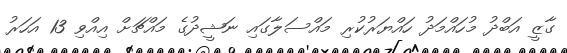
ގާޒީ އަބްދު މުހައްމަދު ހައްޔަރުކުރި މައްސަލާގައި ނަޝީދުގެ މައްޗަށް އިއްވި 13 އަހަރު